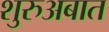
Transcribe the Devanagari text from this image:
शुरुअबात